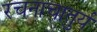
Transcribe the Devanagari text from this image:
रचनाचातुर्य